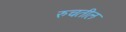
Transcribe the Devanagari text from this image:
रुचतील